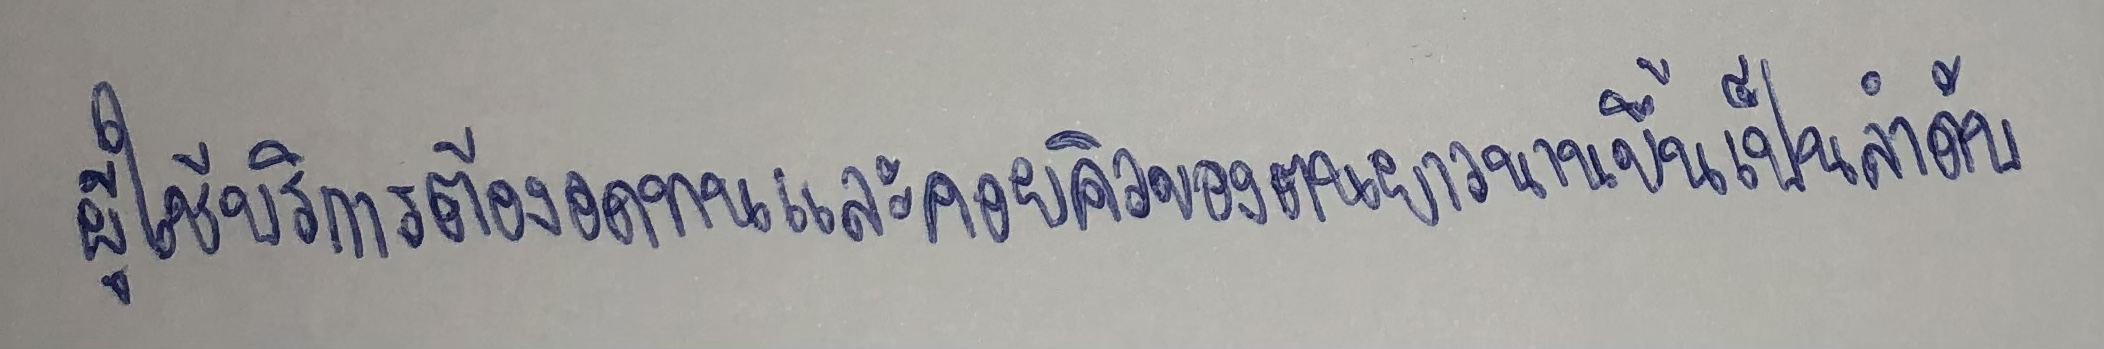
ผู้ใช้บริการต้องอดทนและคอยคิวของตนยาวนานขึ้นเป็นลำดับ